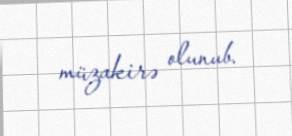
müzakirə olunub.